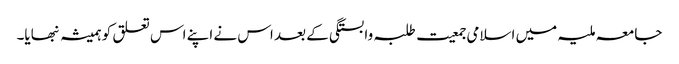
جامعہ ملیہ میں اسلامی جمعیت طلبہ وابستگی کے بعد اس نے اپنے اس تعلق کو ہمیشہ نبھایا۔